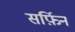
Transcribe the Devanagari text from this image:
सर्फ़िन